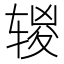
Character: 𰺔